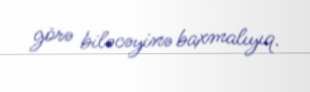
görə biləcəyinə baxmalıyıq.